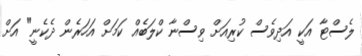
ލެސްޓާ އަކީ އަދިވެސް ކުރިއަށް ވިސްނާ ކްލަބެއް ކަމަށް އަހަރެން ދެކެނީ" އަށް